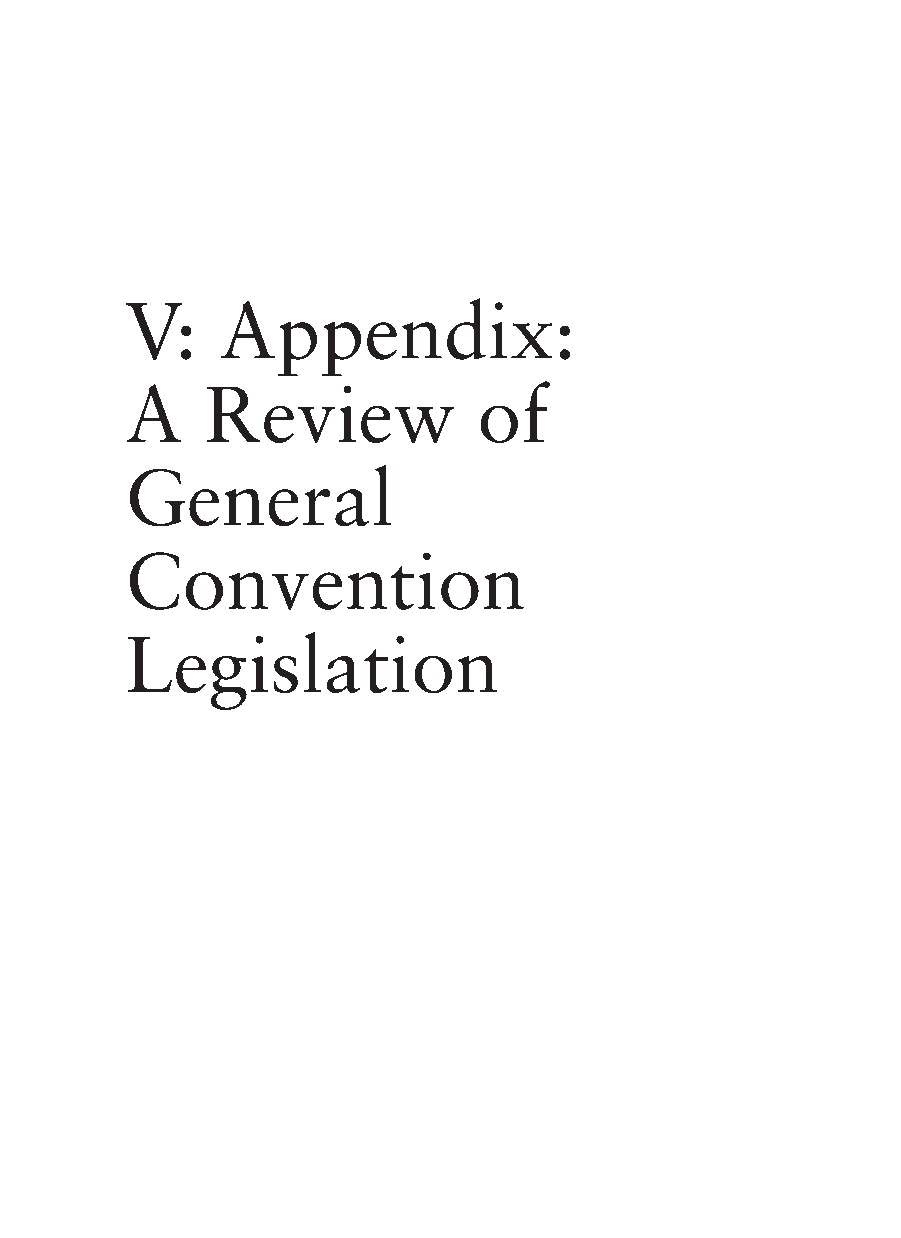
V:    Appendix:
 A     Review            of
 General
 Convention
 Legislation
 157